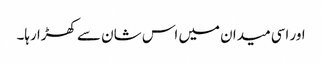
اور اسی میدان میں اس شان سے کھڑا رہا۔